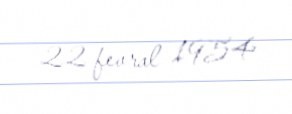
22 fevral 1954